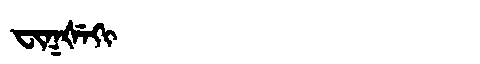
Manchu: ᠸᡳᡴᡧᡝᡴᡳ
Romanization: FIKŠEKI